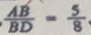
\frac { A B } { B D } = \frac { 5 } { 8 }